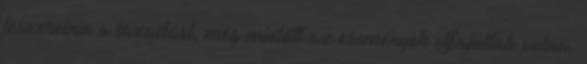
leszerelnie a lázadást, még mielőtt az események elfajultak volna.